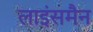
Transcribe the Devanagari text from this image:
लाइंसमैन